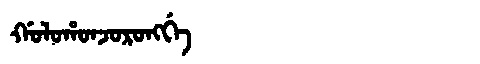
Manchu: ᡤᠣᠯᠣᡥᠣᠨᠵᠣᡵᠣᠩᡤᡝ
Romanization: GOLOHONJORONGGE